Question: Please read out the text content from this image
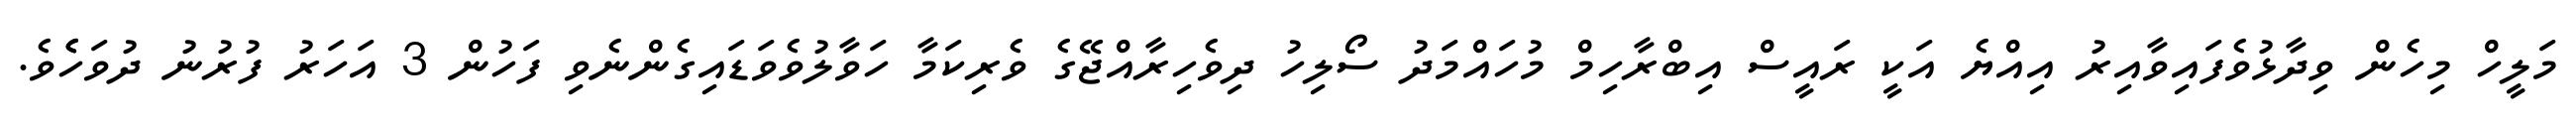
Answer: މަލީހް މިހެން ވިދާޅުވެފައިވާއިރު އިއްޔެ އަކީ ރައީސް އިބްރާހިމް މުހައްމަދު ސޯލިހު ދިވެހިރާއްޖޭގެ ވެރިކަމާ ހަވާލުވެވަޑައިގެންނެވި ފަހުން 3 އަހަރު ފުރުނު ދުވަހެެވެ.